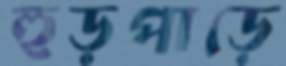
হুড়পাড়ে